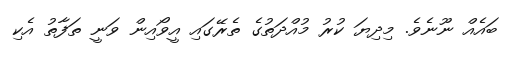
ބައެއް ނޫނެވެ. މިދިޔަ ކުރު މުއްދަތުގެ ތެރޭގައި އީވޯއިން ވަނީ ތަފާތު އެކި